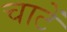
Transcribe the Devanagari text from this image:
चाटें